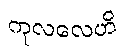
ကုလလေဟိ